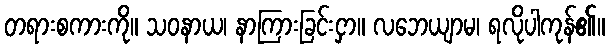
တရားစကားကို။ သဝနာယ၊ နာကြားခြင်းငှာ။ လဘေယျာမ၊ ရလိုပါကုန်၏။